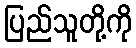
ပြည်သူတို့ကို